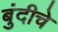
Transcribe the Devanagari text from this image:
बुंदीचे